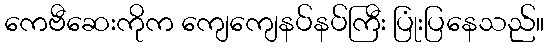
ကေဗီဆေးကိုက ကျေကျေနပ်နပ်ကြီး ပြုံးပြနေသည်။